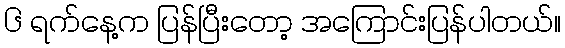
၆ ရက်နေ့က ပြန်ပြီးတော့ အကြောင်းပြန်ပါတယ်။